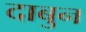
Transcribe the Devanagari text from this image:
दाबुन